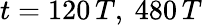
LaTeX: t=120\, T,~480\, T